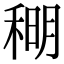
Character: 𫀹